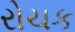
રોચક